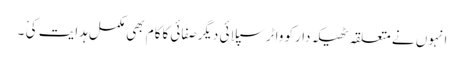
انہوں نے متعلقہ ٹھیکہ دارکو واٹرسپلائی دیگرصفائی کاکام بھی مکمل ہدایت کی ْ ۔